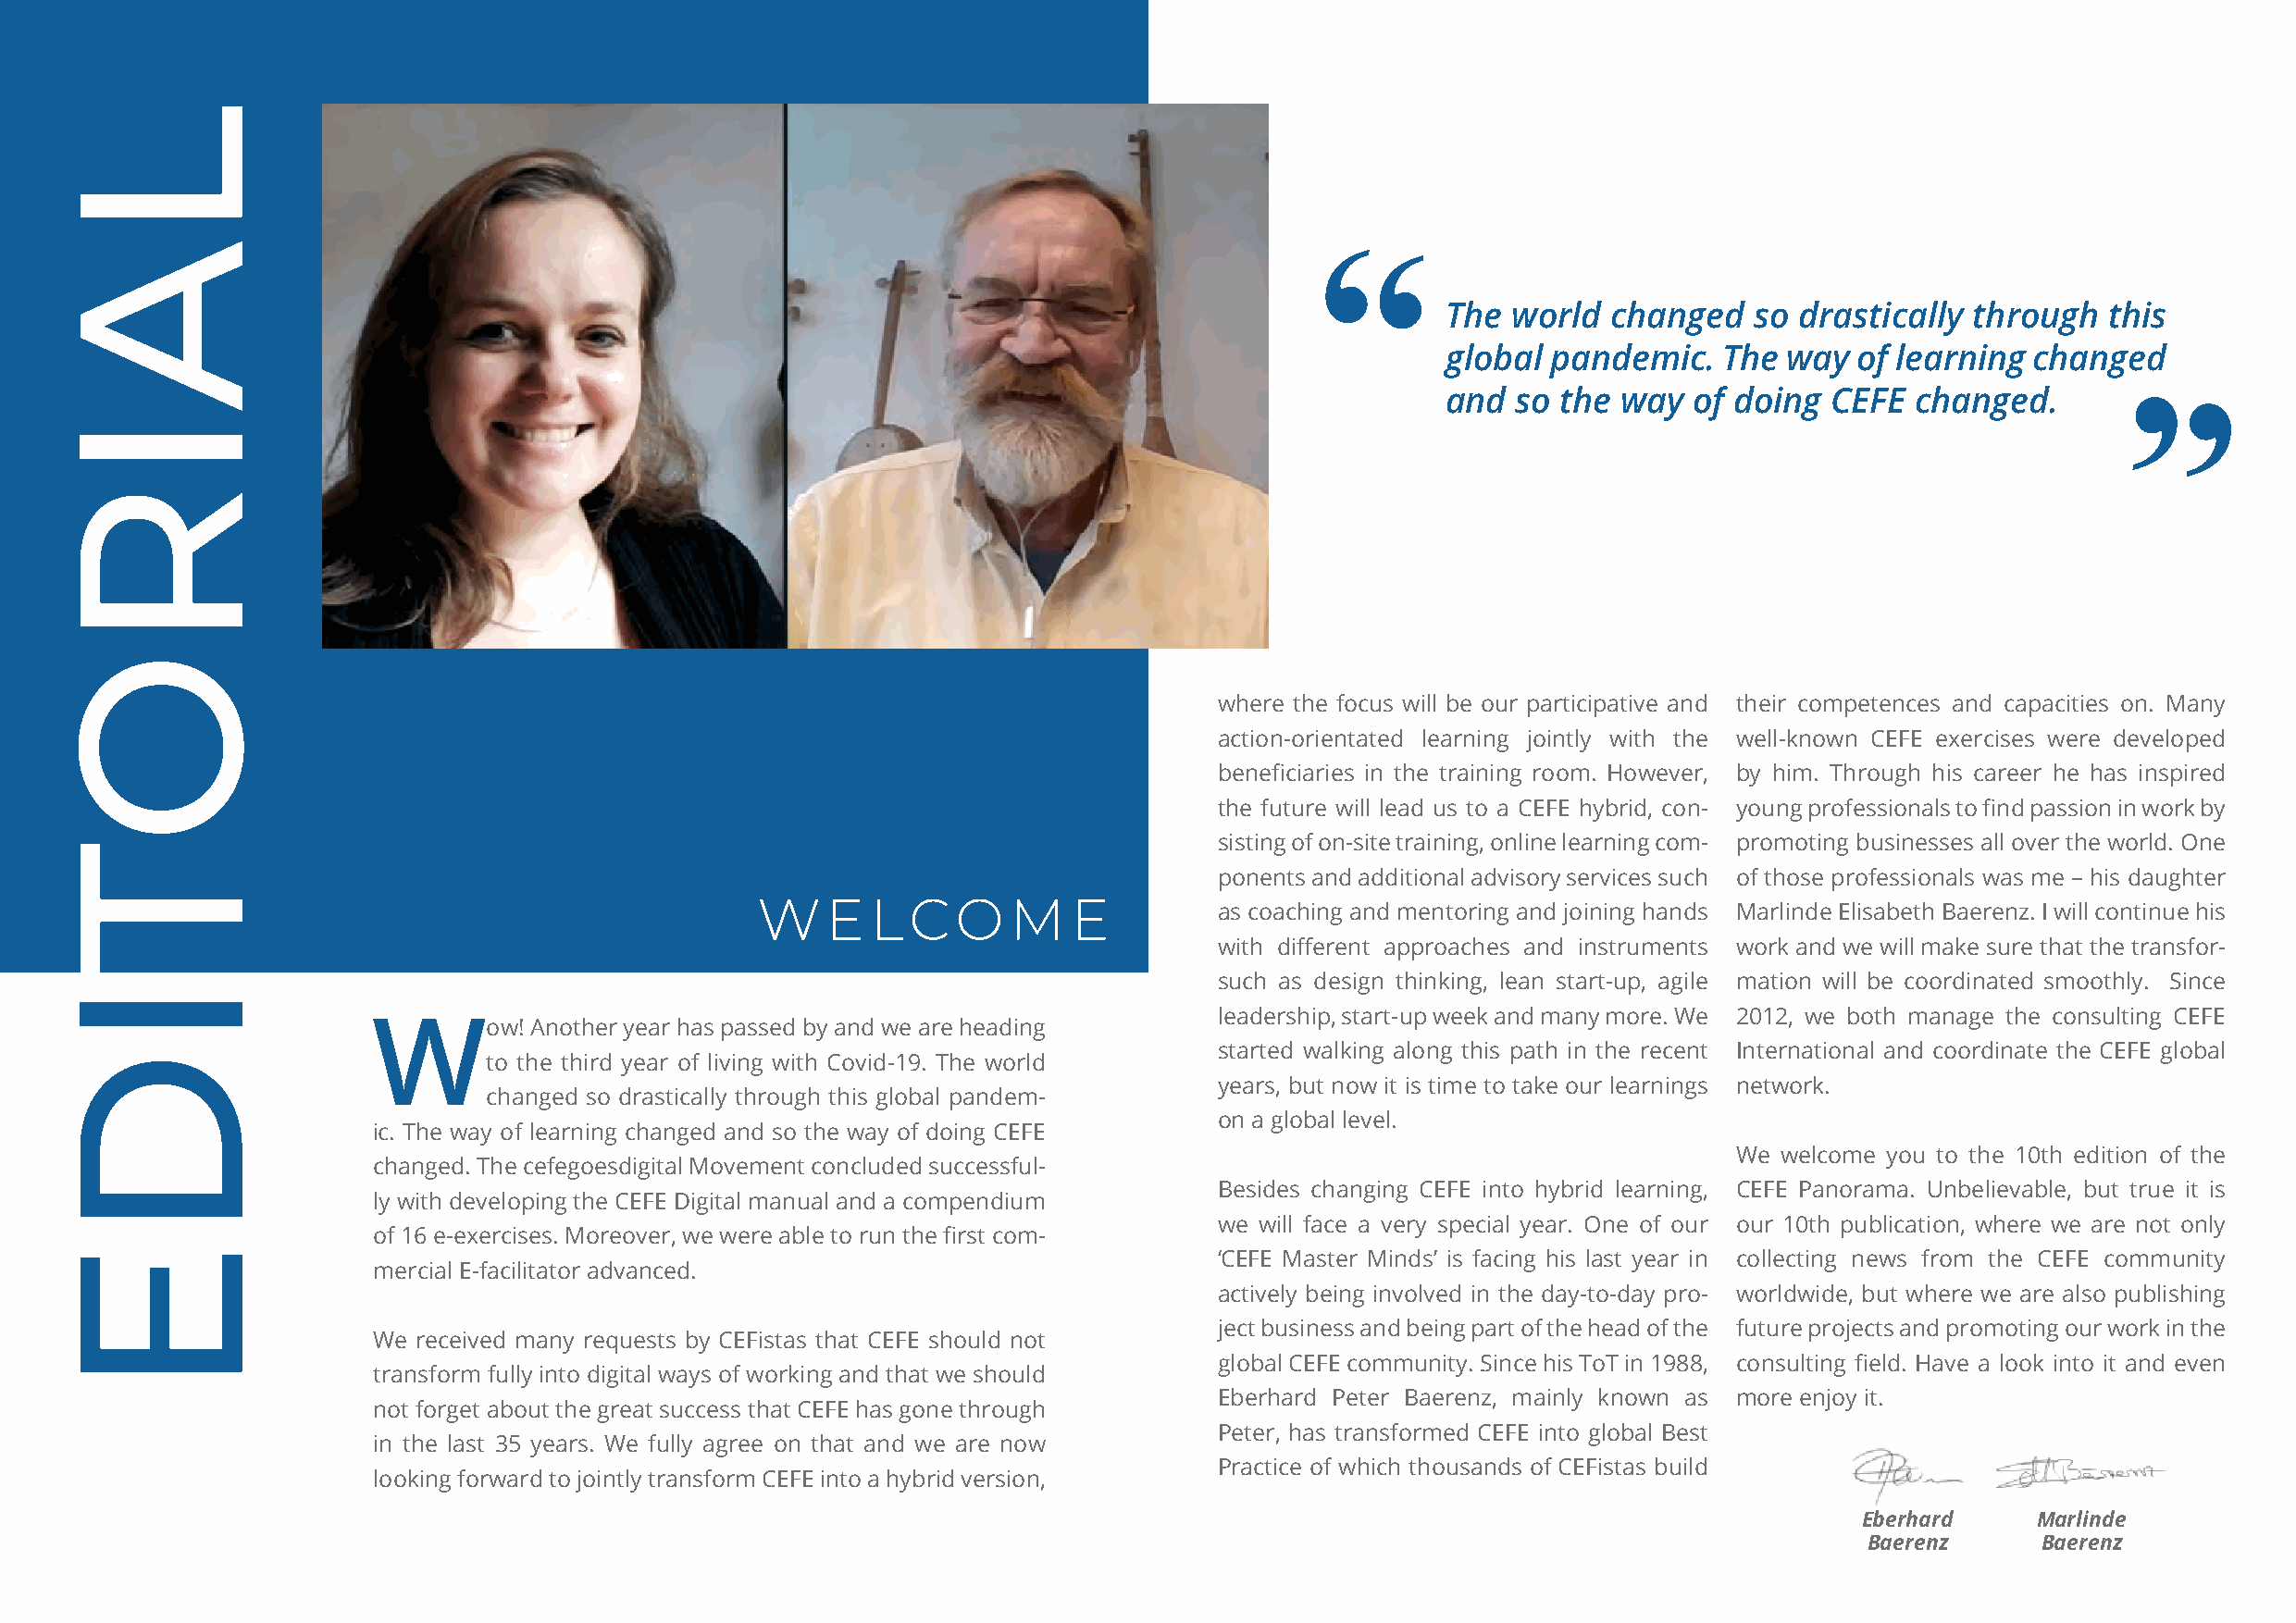
“
 The  world  changed   so  drastically through   this
 global  pandemic.   The  way  of learning changed
 and  so  the way  of doing  CEFE  changed.
 ”
 where the focus will be our participative and their competences and capacities on. Many
 action-orientated learning jointly with the well-known CEFE exercises were developed
 beneficiaries in the training room. However, by him. Through his career he has inspired
 the future will lead us to a CEFE hybrid, con- young professionals to find passion in work by
 sisting of on-site training, online learning com- promoting businesses all over the world. One
 ponents and additional advisory services such of those professionals was me – his daughter
 WELCOM                 E
 as coaching and mentoring and joining hands Marlinde Elisabeth Baerenz. I will continue his
 with different approaches and instruments work and we will make sure that the transfor-
 such as design thinking, lean start-up, agile mation will be coordinated smoothly. Since
 leadership, start-up week and many more. We 2012, we both manage the consulting CEFE
 Wow!       Another year has passed by and we are heading
 started walking along this path in the recent International and coordinate the CEFE global
 to the third year of living with Covid-19. The world
 years, but now it is time to take our learnings network.
 changed so drastically through this global pandem-
 on a global level.
 ic. The way of learning changed and so the way of doing CEFE
 We welcome you to the 10th edition of the
 changed. The cefegoesdigital Movement concluded successful-
 Besides changing CEFE into hybrid learning, CEFE Panorama. Unbelievable, but true it is
 ly with developing the CEFE Digital manual and a compendium
 we will face a very special year. One of our our 10th publication, where we are not only
 of 16 e-exercises. Moreover, we were able to run the first com-
 ‘CEFE Master Minds’ is facing his last year in collecting news from the CEFE community
 mercial E-facilitator advanced.
 actively being involved in the day-to-day pro- worldwide, but where we are also publishing
 ject business and being part of the head of the future projects and promoting our work in the
 We received many requests by CEFistas that CEFE should not
 global CEFE community. Since his ToT in 1988, consulting field. Have a look into it and even
 transform fully into digital ways of working and that we should
 Eberhard Peter Baerenz, mainly known as more enjoy it.
 not forget about the great success that CEFE has gone through
 Peter, has transformed CEFE into global Best
 in the last 35 years. We fully agree on that and we are now
 Practice of which thousands of CEFistas build
 looking forward to jointly transform CEFE into a hybrid version,
 Eberhard     Marlinde
 Baerenz     Baerenz
 LAIROTIDE